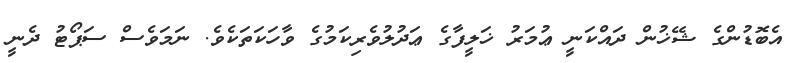
އެބޮޑުންގެ ޝޭޚުން ދައްކަނީ ޢުމަރު ޚަލީފާގެ ޢަދުލުވެރިކަމުގެ ވާހަކަތަކެވެ. ނަމަވެސް ސަޕޯޓު ދެނީ